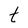
Character: t